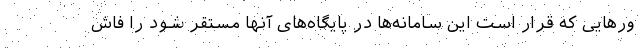
ورهایی که قرار است این سامانه‌ها در پایگاه‌های آنها مستقر شود را فاش